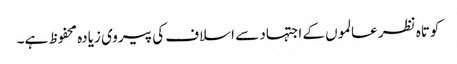
کوتاہ نظر عالموں کے اجتہاد سے اسلاف کی پیروی زیادہ محفوظ ہے۔